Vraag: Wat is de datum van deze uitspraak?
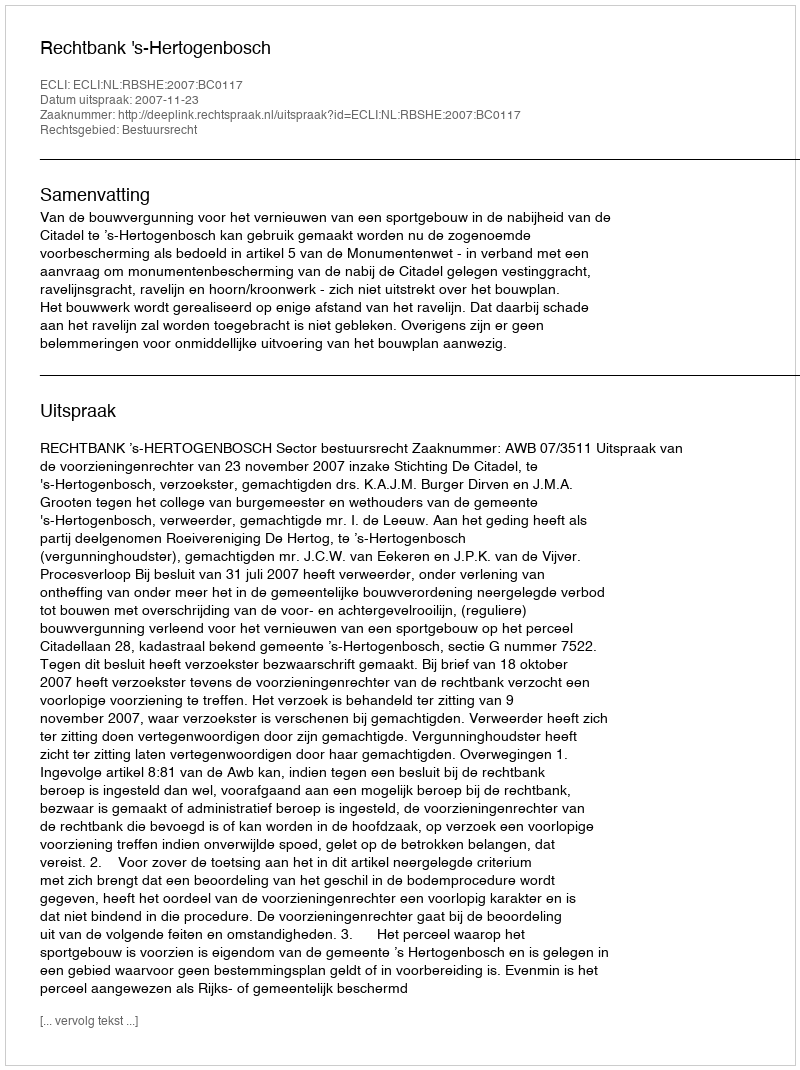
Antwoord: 2007-11-23